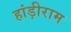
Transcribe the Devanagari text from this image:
हांड़ीराम